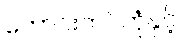
ကောင်းကင်ဘုံနှင့်